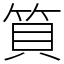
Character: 筫